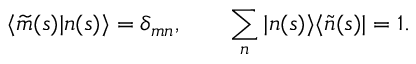
\langle \widetilde { m } ( s ) | n ( s ) \rangle = \delta _ { m n } , \qquad \sum _ { n } | n ( s ) \rangle \langle \widetilde { n } ( s ) | = 1 .